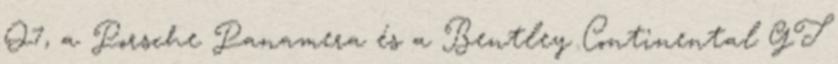
Q7, a Porsche Panamera és a Bentley Continental GT